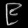
Digit: ၉